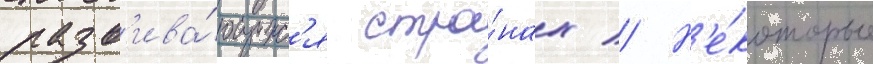
разв'ива́ющихс'я стра́нах // Н'е́которые